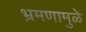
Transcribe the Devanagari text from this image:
भ्रमणामुळे